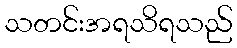
သတင်းအရသိရသည်